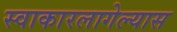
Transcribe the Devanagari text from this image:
स्वाकारलागेल्यास